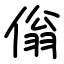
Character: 傟